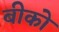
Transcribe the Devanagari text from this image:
बीको